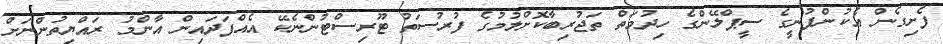
ފެށިގެން އެކުންފުނީގެ ސީޕްލޭންގެ ހިދުމަތް ތަޖުރިބާކޮށްލުމުގެ ފުރުސަތު ޓޫރިސްޓުންނެކޭ އެއްފަދައިން އާންމު ރައްޔިތުންނަށް